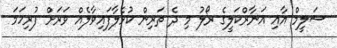
ސަލީމް އާއި އަނާރްކަލީގެ ރޯލު މި ދެ ތަރިން ކުޅެލާފައިވާލެއް ވަރަށް ފުރިހަމަ